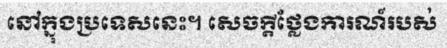
នៅក្នុងប្រទេសនេះ។ សេចក្តីថ្លែងការណ៍របស់